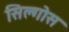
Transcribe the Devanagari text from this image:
सिल्गोस